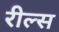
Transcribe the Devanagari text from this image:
रील्स